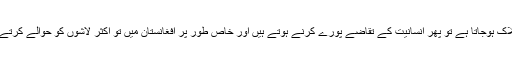
وہ کہتے ہیں کہ زندگی اور موت کی جنگ لڑنے کے باوجود ایک دفعہ جب کوئی ہلاک ہوجاتا ہے تو پھر انسانیت کے تقاضے پورے کرنے ہوتے ہیں اور خاص طور پر افغانستان میں تو اکثر لاشوں کو حوالے کرتے ہوئے مرنے والوں کے خاندان والوں کی آنکھوں میں آنکھیں ڈال کر دیکھنا پڑتا ہے۔